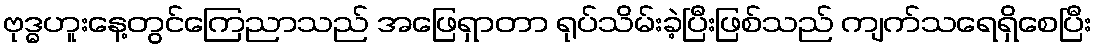
ဗုဒ္ဓဟူးနေ့တွင်ကြေညာသည် အဖြေရှာတာ ရုပ်သိမ်းခဲ့ပြီးဖြစ်သည် ကျက်သရေရှိစေပြီး